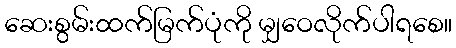
ဆေးစွမ်းထက်မြက်ပုံကို မျှဝေလိုက်ပါရစေ။